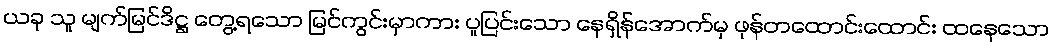
ယခု သူ မျက်မြင်ဒိဋ္ဌ တွေ့ရသော မြင်ကွင်းမှာကား ပူပြင်းသော နေရှိန်အောက်မှ ဖုန်တထောင်းထောင်း ထနေသော